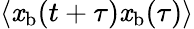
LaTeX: \langle\mathit{x}_{\mathrm{{b}}}(t+\tau)\mathit{x}_{\mathrm{{b}}}(\tau)\rangle